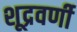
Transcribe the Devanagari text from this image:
शूद्रवर्णी